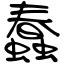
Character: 蠢